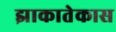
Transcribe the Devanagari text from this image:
झाकातेकास